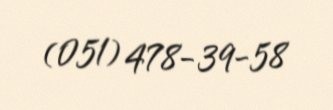
(051) 478-39-58